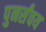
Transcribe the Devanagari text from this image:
पुनर्संचय